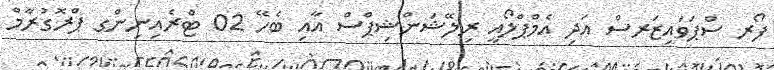
ފޯރ ސްޕަވައިޒަރސް އަދި އެމްޕްލޯއީ ރިލޭޝަންޝިޕްސް އާއި ބެހޭ 02 ޓްރެއިނިންގ ޕްރޮގުރާމް